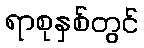
ရာစုနှစ်တွင်